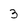
Character: 3